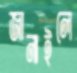
জানাইলে